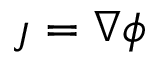
\j = \nabla \phi